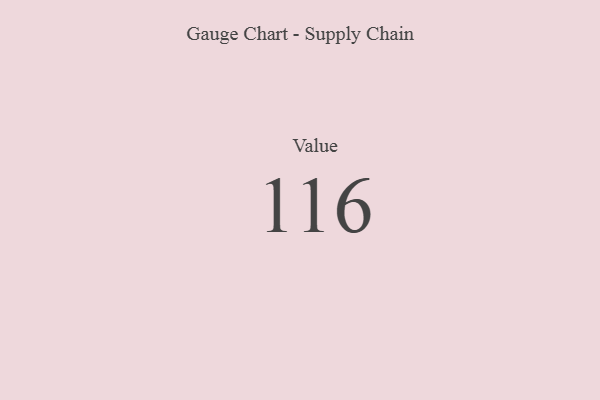
{"axis": {"x": "Metric", "y": "Value"}, "legend": [""], "data": [{"x": "Value", "y": 116, "type": ""}]}